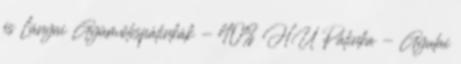
és Lányai Gyümölcspálinkák - 40% HU Pálinka - Gyulai